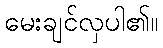
မေးချင်လှပါ၏။